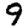
Digit: 9